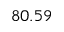
8 0 . 5 9